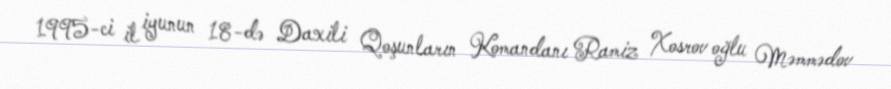
1995-ci il iyunun 18-də Daxili Qoşunların Komandanı Ramiz Xosrov oğlu Məmmədov